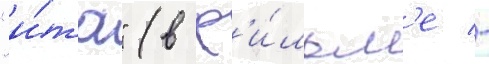
"и́та" (в ф'и́льм'е -